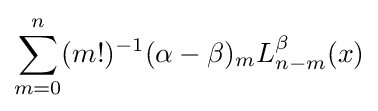
\sum _{m=0}^{n}(m!)^{-1}(\alpha -\beta )_{m}L_{n-m}^{\beta }(x)